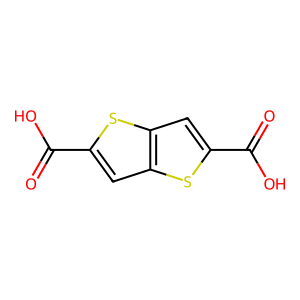
SMILES: O=C(O)c1cc2sc(C(=O)O)cc2s1
Inhibits HIV replication: No